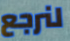
لنرجع